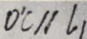
D ^ { \prime } C / / l _ { 1 }